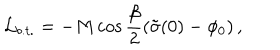
LaTeX: { \cal L } _ { b . t . } = - M \cos \frac { \beta } { 2 } \left( \tilde { \sigma } ( 0 ) - \phi _ { 0 } \right) ,